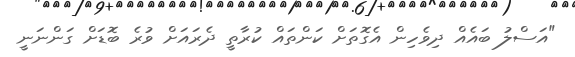
"އަސްލު ބައެއް ދިވެހިން އެގޮތަށް ކަންތައް ކުރާތީ ދެރައަށް ވުރެ ބޮޑަށް ގަންނަނީ